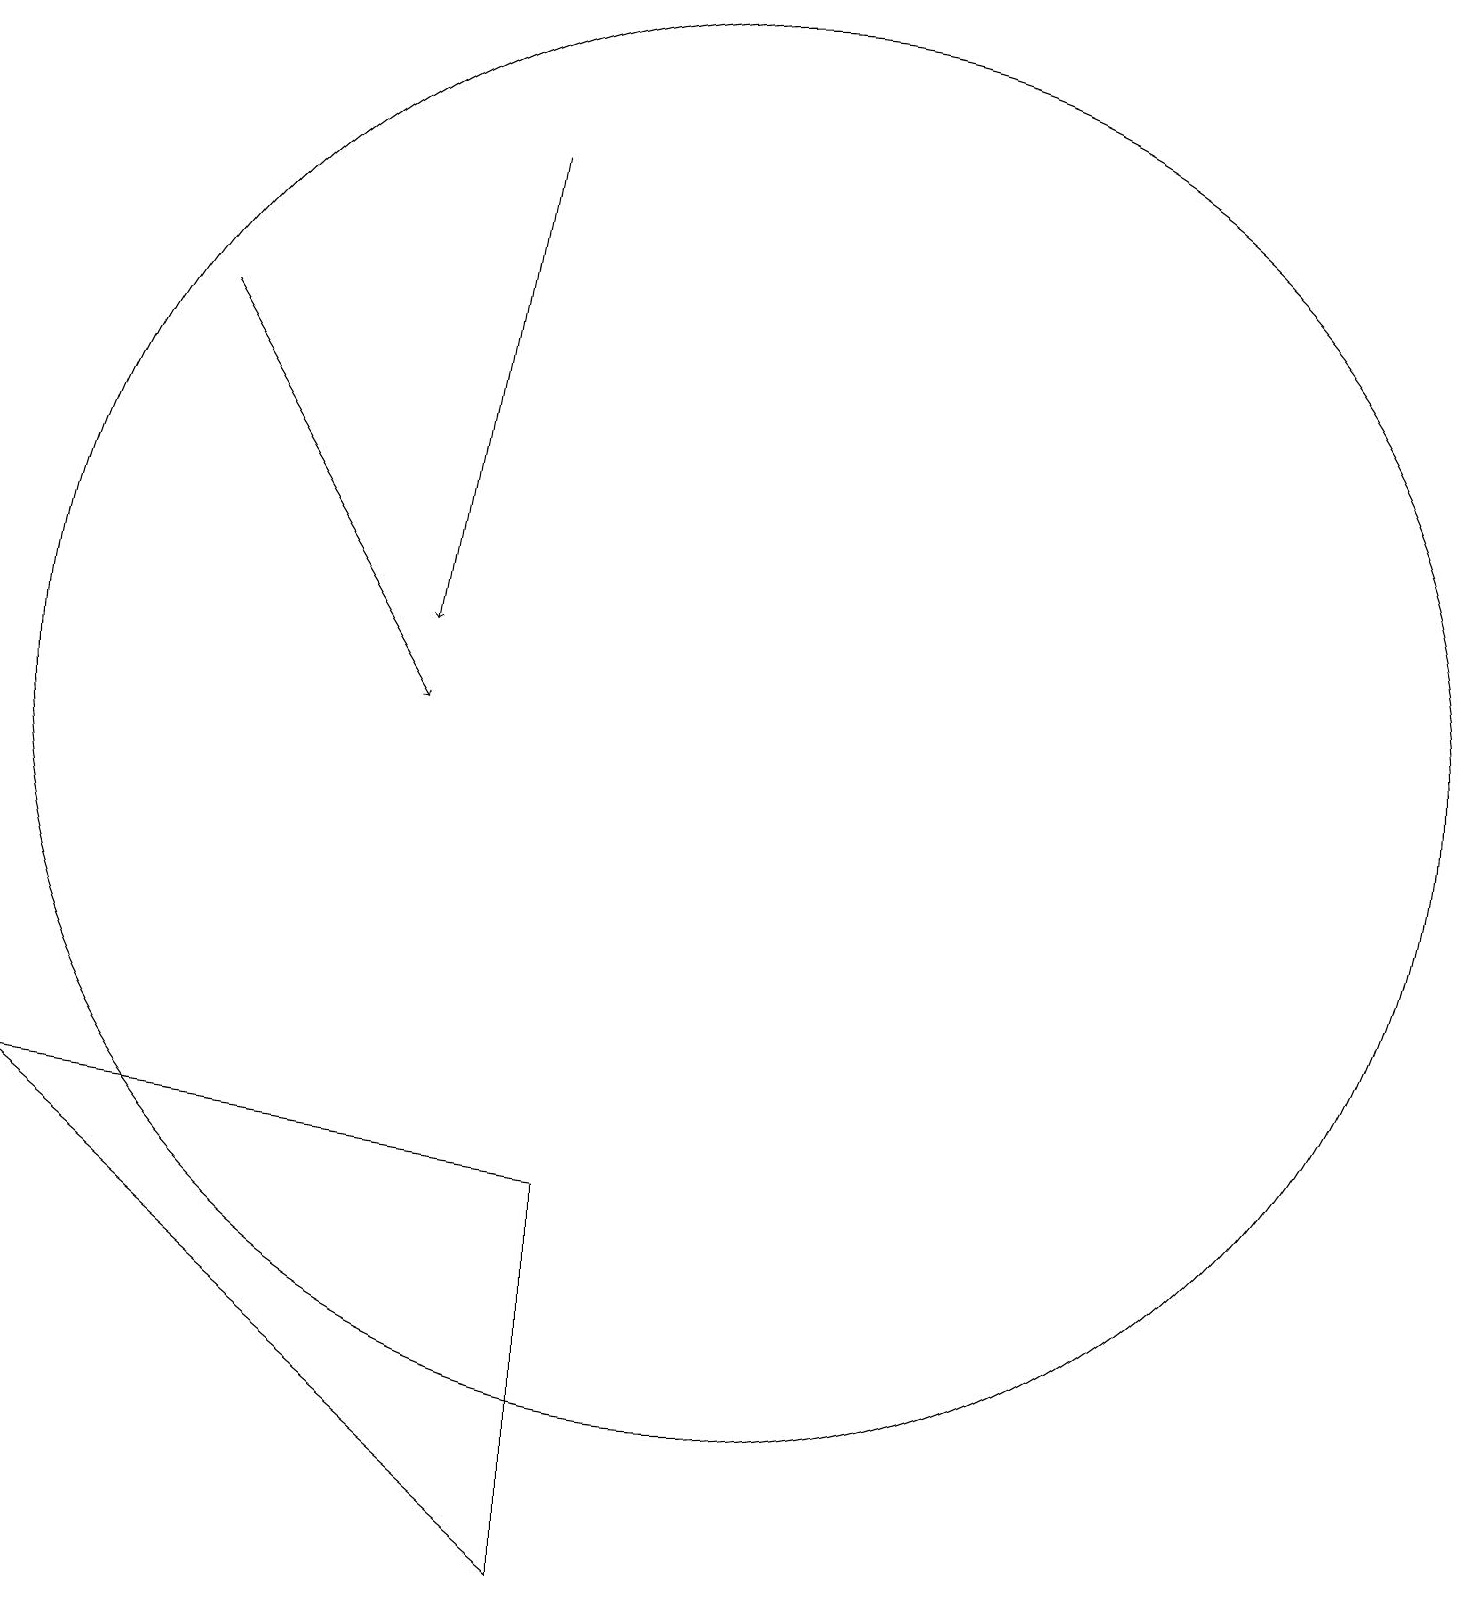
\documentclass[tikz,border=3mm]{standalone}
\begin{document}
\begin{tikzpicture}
\draw[->] (7,19) -- (6,13);
\draw[->] (3,17) -- (6,12);
\draw (8,6) -- (8,1) -- (1,7) -- cycle;
\draw (10,12) circle (9);
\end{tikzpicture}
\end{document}